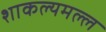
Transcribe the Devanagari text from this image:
शाकल्यमल्ल